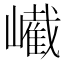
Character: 𡽱